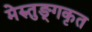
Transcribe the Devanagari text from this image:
मेरुतुङ्गकृत